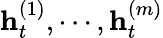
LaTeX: \mathbf{h}_{t}^{(1)},\cdots,\mathbf{h}_{t}^{(m)}